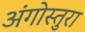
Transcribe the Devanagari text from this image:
अंगोस्तुरा